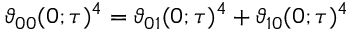
\vartheta _ { 0 0 } ( 0 ; \tau ) ^ { 4 } = \vartheta _ { 0 1 } ( 0 ; \tau ) ^ { 4 } + \vartheta _ { 1 0 } ( 0 ; \tau ) ^ { 4 }